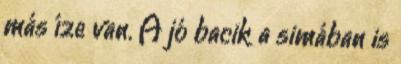
más íze van. A jó bacik a simában is